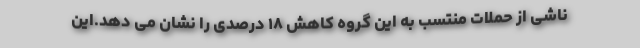
ناشی از حملات منتسب به این گروه کاهش ۱۸ درصدی را نشان می دهد.این